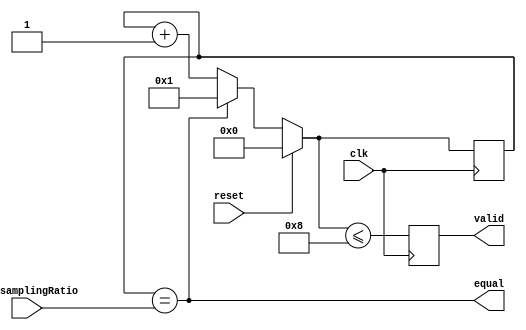
`timescale 1ns / 1ps
//////////////////////////////////////////////////////////////////////////////////
// Company: 
// Engineer: 
// 
// Design Name: 
// Module Name: CounterSS
// Project Name: 
// Target Devices: 
// Tool Versions: 
// Description: 
// 
// Dependencies: 
// 
// Revision:
// Revision 0.01 - File Created
// Additional Comments:
// 
//////////////////////////////////////////////////////////////////////////////////


module CounterSS
    #(parameter ACCUMULATIONS_WIDTH = 16)
    (downsamplingRatio,
     clk,
     reset,
     valid,
     equal);
     
     input [ACCUMULATIONS_WIDTH-1:0] downsamplingRatio; // Down Sampling Ratio
     input clk;
     input reset;
     output reg valid;
     output equal;
     
     reg [ACCUMULATIONS_WIDTH-1:0] count;
     
     // Internal control signal to signify the Down Sampling Ratio is hit
     assign equal = (count == downsamplingRatio);
     
     always @ (posedge clk) begin
        if (reset) begin
            count = 0;
        end else if (equal) begin
            // If down sampling ratio hit, reset count to 1
            count = 1;
        end else begin
            count = count + 1;
        end
        valid = count <= 8;
     end
endmodule